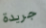
جريدة